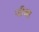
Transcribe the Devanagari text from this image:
जीब्स